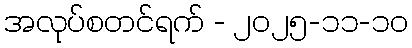
အလုပ်စတင်ရက် - ၂၀၂၅-၁၁-၁၀